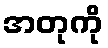
အတုကို